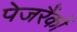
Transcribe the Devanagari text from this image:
पेजरैंकों